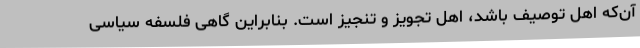
آن‌که اهل توصیف باشد، اهل تجویز و تنجیز است. بنابراین گاهی فلسفه سیاسی